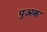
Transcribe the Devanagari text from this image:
पुअक